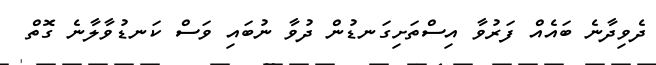
ދެވިދާނެ ބައެއް ފަރުވާ އިސްތަށިގަނޑުން ދުވާ ނުބައި ވަސް ކަނޑުވާލާނެ ގޮތް